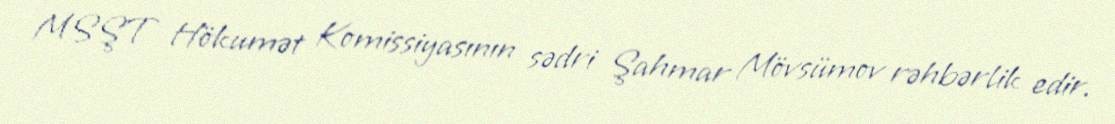
MSŞT Hökumət Komissiyasının sədri Şahmar Mövsümov rəhbərlik edir.